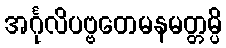
အင်္ဂုလိပဗ္ဗတေမနမတ္တမ္ပိ